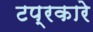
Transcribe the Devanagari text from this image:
टप्रकारे